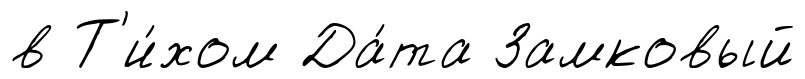
в Т'и́хом Да́та Замковый